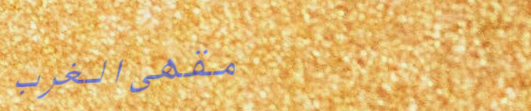
مقهى الغرب